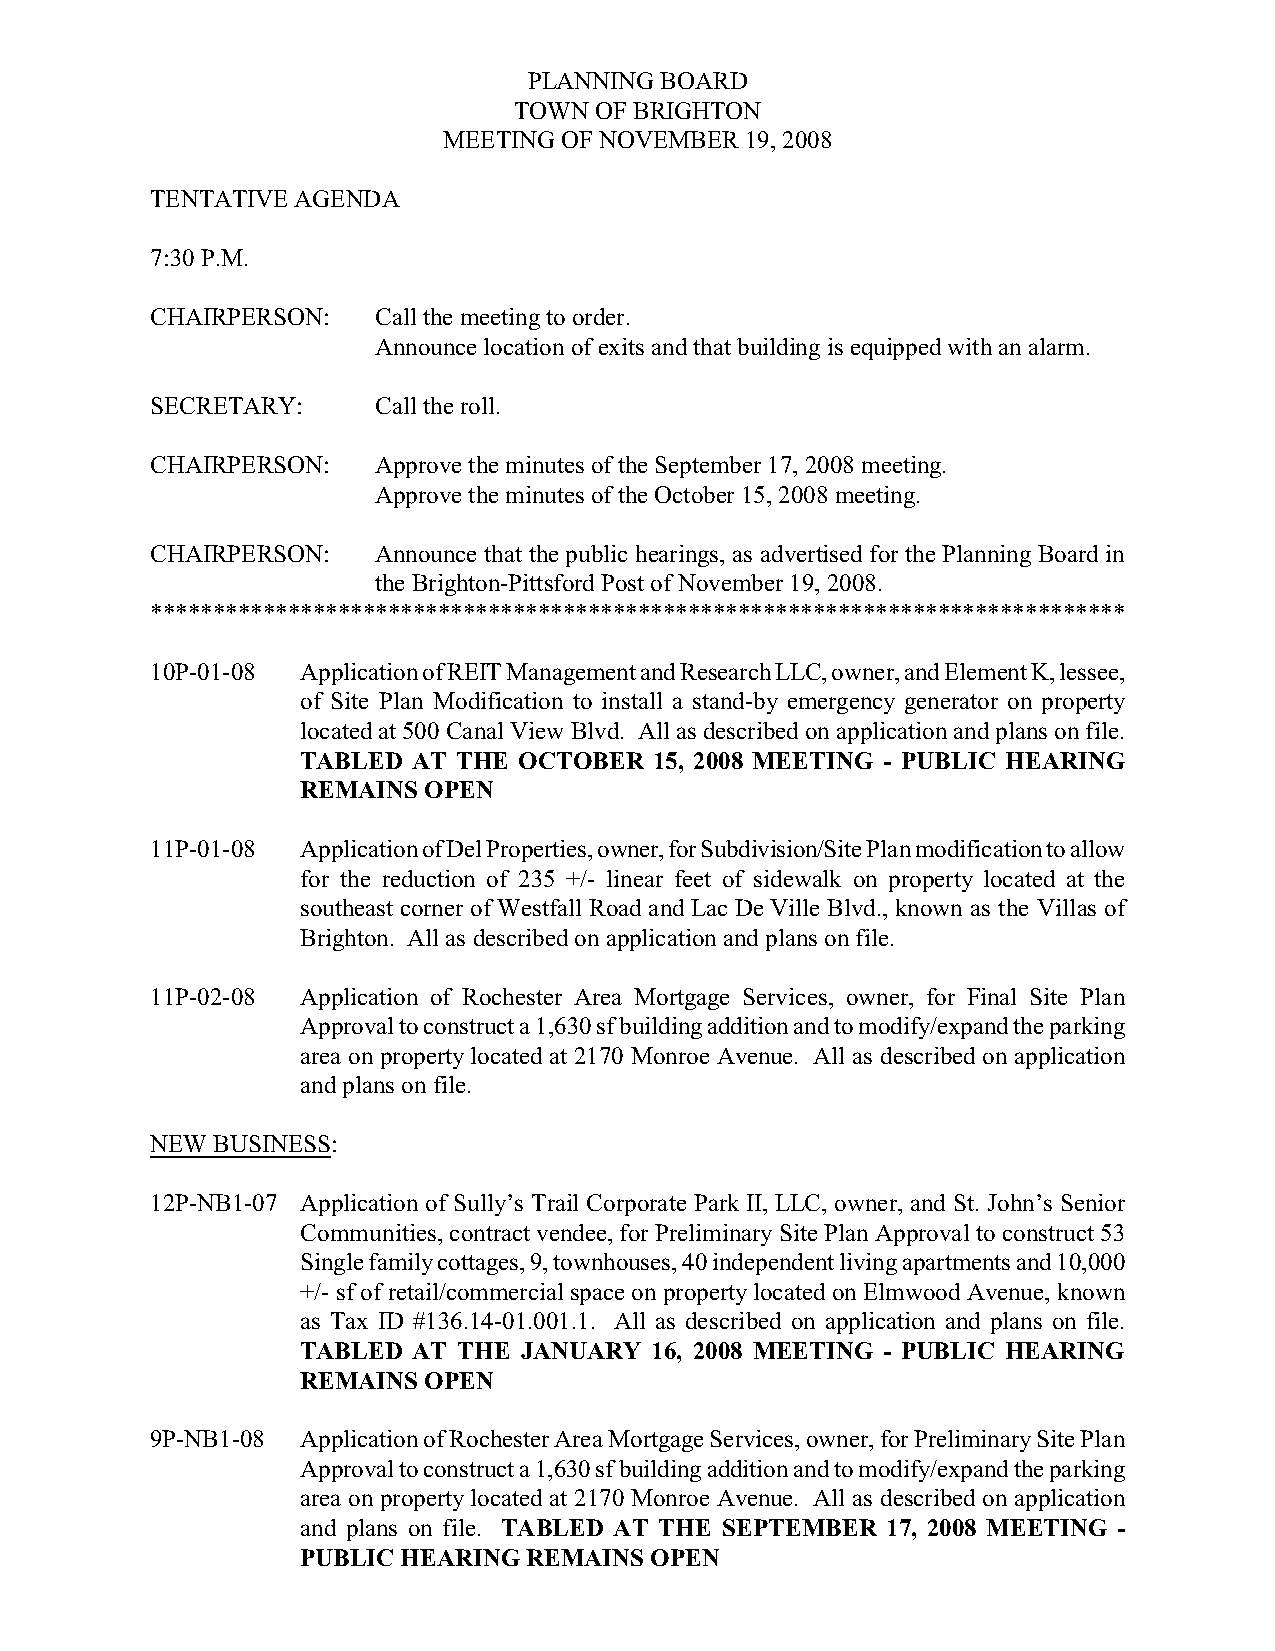
PLANNING BOARD
 TOWN OF BRIGHTON
 MEETING OF NOVEMBER 19, 2008
 TENTATIVE AGENDA
 7:30 P.M.
 CHAIRPERSON:   Call the meeting to order.
 Announce location of exits and that building is equipped with an alarm.
 SECRETARY:     Call the roll.
 CHAIRPERSON:   Approve the minutes of the September 17, 2008 meeting.
 Approve the minutes of the October 15, 2008 meeting.
 CHAIRPERSON:   Announce that the public hearings, as advertised for the Planning Board in
 the Brighton-Pittsford Post of November 19, 2008.
 ******************************************************************************
 10P-01-08 Application of REIT Management and Research LLC, owner, and Element K, lessee,
 of Site Plan Modification to install a stand-by emergency generator on property
 located at 500 Canal View Blvd. All as described on application and plans on file.
 TABLED AT THE OCTOBER  15, 2008 MEETING - PUBLIC HEARING
 REMAINS OPEN
 11P-01-08 Application of Del Properties, owner, for Subdivision/Site Plan modification to allow
 for the reduction of 235 +/- linear feet of sidewalk on property located at the
 southeast corner of Westfall Road and Lac De Ville Blvd., known as the Villas of
 Brighton. All as described on application and plans on file.
 11P-02-08 Application of Rochester Area Mortgage Services, owner, for Final Site Plan
 Approval to construct a 1,630 sf building addition and to modify/expand the parking
 area on property located at 2170 Monroe Avenue. All as described on application
 and plans on file.
 NEW BUSINESS:
 12P-NB1-07 Application of Sully’s Trail Corporate Park II, LLC, owner, and St. John’s Senior
 Communities, contract vendee, for Preliminary Site Plan Approval to construct 53
 Single family cottages, 9, townhouses, 40 independent living apartments and 10,000
 +/- sf of retail/commercial space on property located on Elmwood Avenue, known
 as Tax ID #136.14-01.001.1. All as described on application and plans on file.
 TABLED AT THE JANUARY  16, 2008 MEETING - PUBLIC HEARING
 REMAINS OPEN
 9P-NB1-08 Application of Rochester Area Mortgage Services, owner, for Preliminary Site Plan
 Approval to construct a 1,630 sf building addition and to modify/expand the parking
 area on property located at 2170 Monroe Avenue. All as described on application
 and plans on file. TABLED AT THE SEPTEMBER 17, 2008 MEETING -
 PUBLIC HEARING REMAINS OPEN